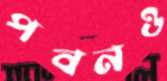
পবনও